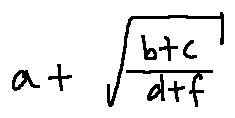
a + \sqrt { \frac { b + c } { d + f } }